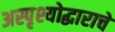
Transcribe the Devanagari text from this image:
अस्पृश्योद्धाराचे